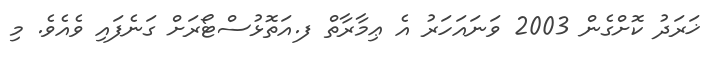
ޚަރަދު ކޮށްގެން 2003 ވަނައަހަރު އެ ޢިމާރާތް ފ.އަތޮޅުސްޓޯރަށް ގަނެފައި ވެއެވެ. މި